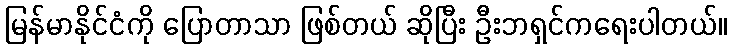
မြန်မာနိုင်ငံကို ပြောတာသာ ဖြစ်တယ် ဆိုပြီး ဦးဘရှင်ကရေးပါတယ်။